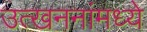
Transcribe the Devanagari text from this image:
उत्खननांमध्ये